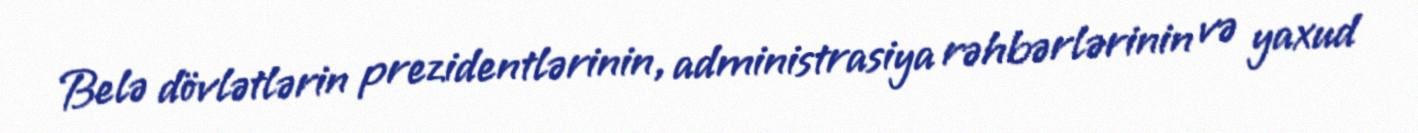
Belə dövlətlərin prezidentlərinin, administrasiya rəhbərlərinin və yaxud